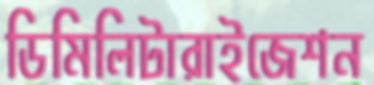
ডিমিলিটারাইজেশন